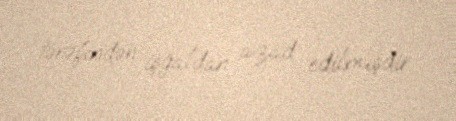
tərəfindən işğaldan azad edilmişdir.